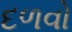
દળવો